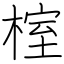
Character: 榁